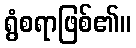
ရွံစရာဖြစ်၏။